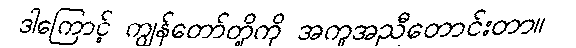
ဒါကြောင့် ကျွန်တော်တို့ကို အကူအညီတောင်းတာ။